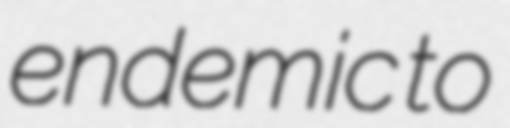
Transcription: endemic to